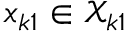
x _ { k 1 } \in \mathcal { X } _ { k 1 }